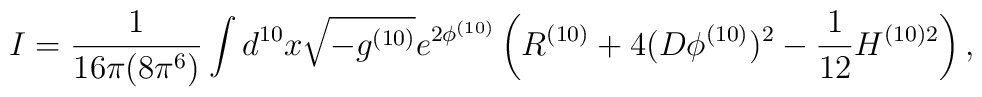
I = \frac{1}{16 \pi (8 \pi^6) }    \int d^{10} x  \sqrt{-g^{(10)}} e^{2 \phi^{(10)}} \left( R^{(10)}  + 4  (D \phi^{(10)} )^2 - \frac{1}{12} H^{(10) 2} \right)   ,